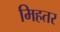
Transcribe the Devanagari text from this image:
मिहतर